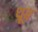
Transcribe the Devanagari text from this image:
ध्र्रूव